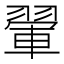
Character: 翬